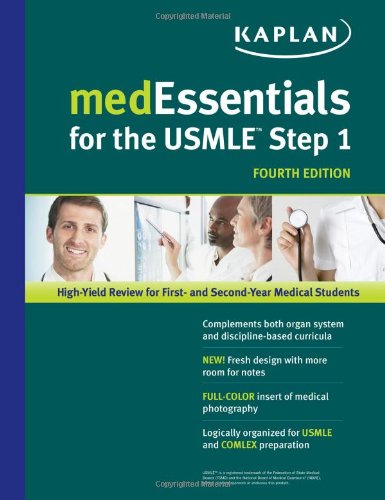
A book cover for medEssentials for the USMLE Step 1 (USMLE Prep); M.D. Michael S. Manley; Science & Math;